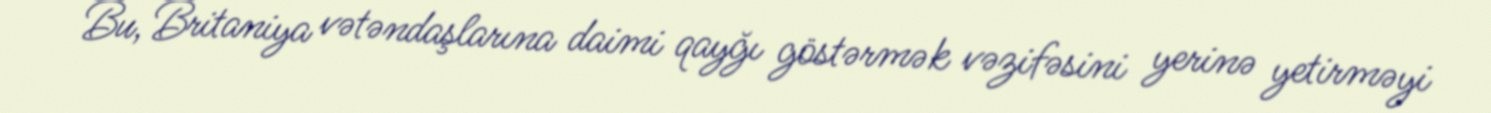
Bu, Britaniya vətəndaşlarına daimi qayğı göstərmək vəzifəsini yerinə yetirməyi